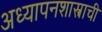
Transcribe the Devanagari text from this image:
अध्यापनशास्त्राची